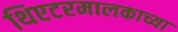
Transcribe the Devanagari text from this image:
थिएटरमालकाच्या